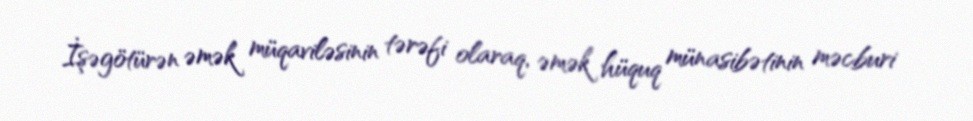
İşəgötürən əmək müqaviləsinin tərəfi olaraq, əmək hüquq münasibətinin məcburi